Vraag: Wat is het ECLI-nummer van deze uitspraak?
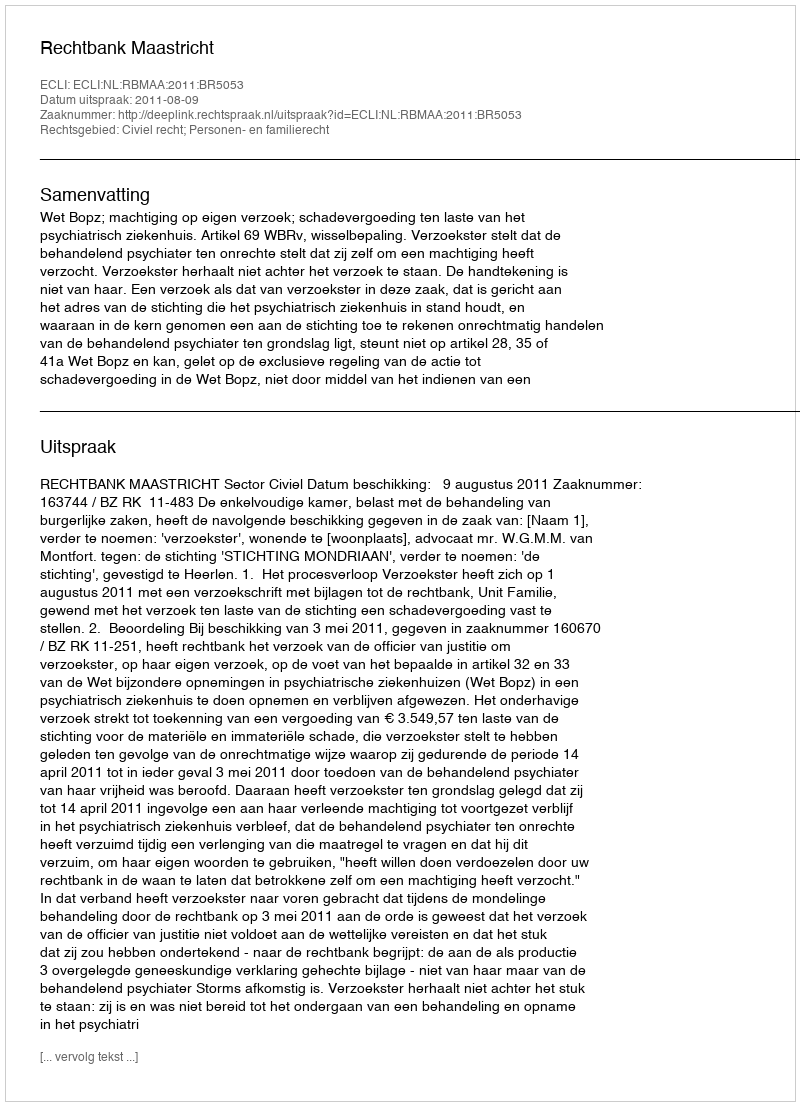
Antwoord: ECLI:NL:RBMAA:2011:BR5053